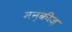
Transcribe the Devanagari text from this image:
मन्कीज़